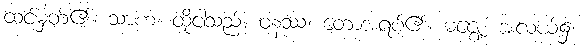
ထင်မှတ်၏။ သာဟံ၊ ထိုငါသည်။ ဝနဿ၊ တောအရပ်၏။ မဇ္ဈေ၊ အလယ်၌။